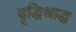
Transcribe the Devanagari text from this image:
वृद्धिश्राद्ध